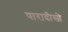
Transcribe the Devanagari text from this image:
पारादीसो